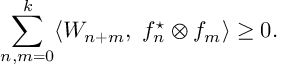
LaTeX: \sum _ { n , m = 0 } ^ { k } \langle { \cal W } _ { n + m } , \ f _ { n } ^ { \star } \otimes f _ { m } \rangle \geq 0 .